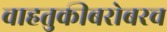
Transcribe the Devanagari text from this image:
वाहतुकीबरोबरच